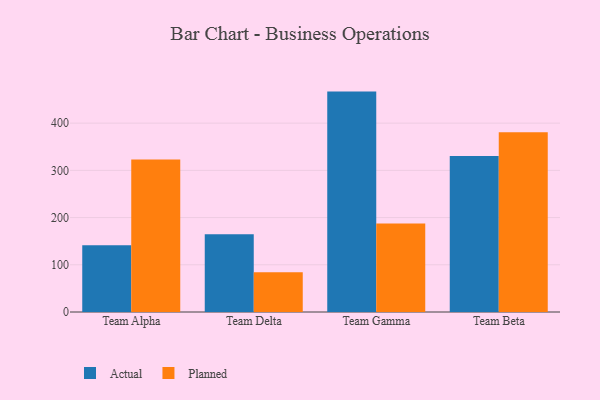
{"axis": {"x": "Team", "y": "Backlog"}, "legend": ["Actual", "Planned"], "data": [{"x": "Team Alpha", "y": 141.5, "type": "Actual"}, {"x": "Team Alpha", "y": 322.8, "type": "Planned"}, {"x": "Team Delta", "y": 164.7, "type": "Actual"}, {"x": "Team Delta", "y": 84.3, "type": "Planned"}, {"x": "Team Gamma", "y": 466.8, "type": "Actual"}, {"x": "Team Gamma", "y": 187.7, "type": "Planned"}, {"x": "Team Beta", "y": 330.5, "type": "Actual"}, {"x": "Team Beta", "y": 380.5, "type": "Planned"}]}